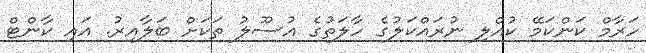
ހަރާމް ކަންކަމޭ ކުއްލި ނުރައްކަލުގެ ހާލަތުގެ އުސޫލު ތަަކަށް ބަލާއިރު. އައި ކާންޓް